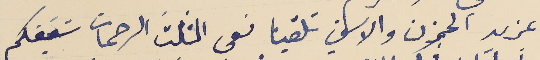
بمزيد الحزن والاسف تلقينا نعى المثلثَ الرحمات شقيقكم